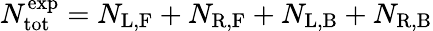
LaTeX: N_{\mathrm{tot}}^{\mathrm{exp}}=N_{\mathrm{L,F}}+N_{\mathrm{R,F}}+N_{\mathrm{L,B}}+N_{\mathrm{R,B}}